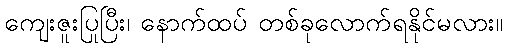
ကျေးဇူးပြုပြီး၊ နောက်ထပ် တစ်ခုလောက်ရနိုင်မလား။